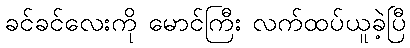
ခင်ခင်လေးကို မောင်ကြီး လက်ထပ်ယူခဲ့ပြီ